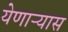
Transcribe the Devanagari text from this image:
येणाऱ्यास